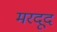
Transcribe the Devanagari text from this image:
मरदूद